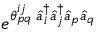
e ^ { \theta _ { p q } ^ { i j } \; \hat { a } _ { i } ^ { \dagger } \hat { a } _ { j } ^ { \dagger } \hat { a } _ { p } \hat { a } _ { q } }